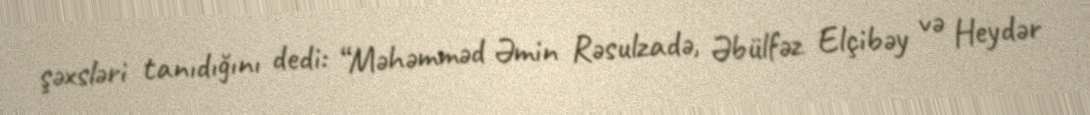
şəxsləri tanıdığını dedi: “Məhəmməd Əmin Rəsulzadə, Əbülfəz Elçibəy və Heydər